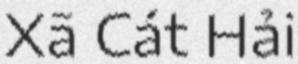
Xã Cát Hải